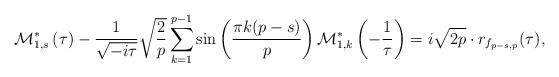
LaTeX: \begin{align*} \mathcal{M}^*_{1,s}\left(\tau\right) -\frac{1}{\sqrt{-i\tau}} \sqrt{\frac{2}{p}}\sum_{k=1}^{p-1} \sin\left(\frac{\pi k(p-s)}{p}\right)\mathcal{M}^*_{1,k}\left(-\frac{1}{\tau}\right)=i\sqrt{2p} \cdot r_{f_{p-s,p}}(\tau),\end{align*}